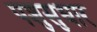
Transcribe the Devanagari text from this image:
पशुसुधार